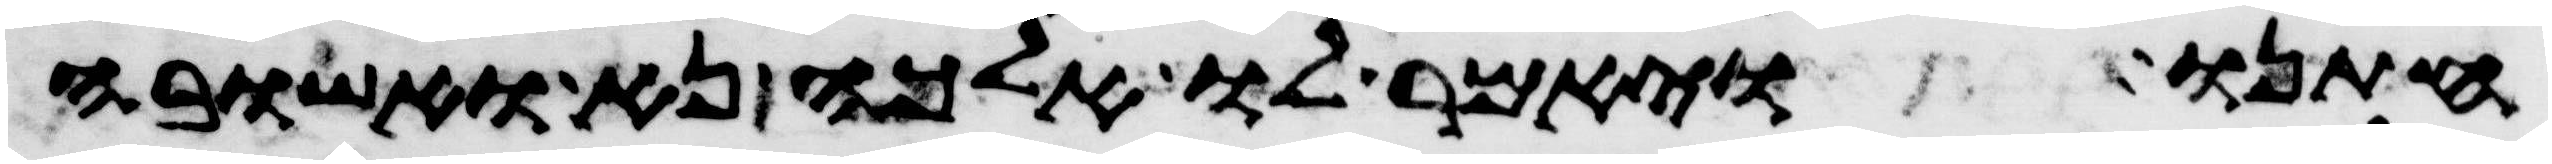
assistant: חתנו ויאמר לו אלכה נא ואשובה